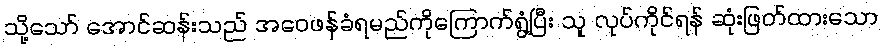
သို့သော် အောင်ဆန်းသည် အဝေဖန်ခံရမည်ကိုကြောက်ရွံ့ပြီး သူ လုပ်ကိုင်ရန် ဆုံးဖြတ်ထားသော